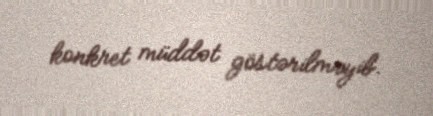
konkret müddət göstərilməyib.